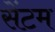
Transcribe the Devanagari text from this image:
सेंटम